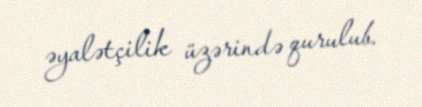
əyalətçilik üzərində qurulub.